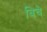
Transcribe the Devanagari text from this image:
बिचे